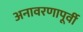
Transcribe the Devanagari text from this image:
अनावरणापूर्वी